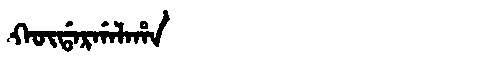
Manchu: ᡴᡡᡩᠠᡵᡤᠠᠯᠠᡥᠠ
Romanization: KŪDARGALAHA